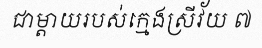
ជាម្តាយរបស់ក្មេងស្រីវ័យ ៧